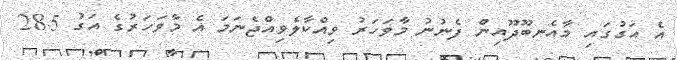
އެ އަގުގައި މާއެނބޫދޫއިން ފެނުނު މާވަހަރު ވިއްކާލެވިއްޖެނަމަ އެ މާވަހަރުގެ އަގު 28.5